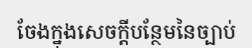
ចែងក្នុងសេចក្តីបន្ថែមនៃច្បាប់